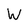
Character: W